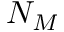
N _ { M }